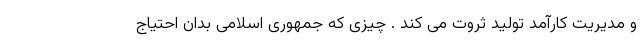
و مدیریت کارآمد تولید ثروت می کند . چیزی که جمهوری اسلامی بدان احتیاج